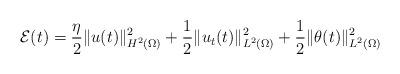
LaTeX: \begin{align*}\mathcal{E}(t) = \dfrac{\eta}{2}\|u(t)\|^2_{H^2(\Omega)}+\dfrac{1}{2}\|u_t(t)\|^2_{L^2(\Omega)}+\dfrac{1}{2}\|\theta(t)\|^2_{L^2(\Omega)}\end{align*}